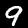
Label: 9